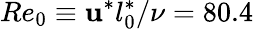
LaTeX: Re_{0}\equiv\mathbf{u}^{*}l_{0}^{*}/\nu=80.4